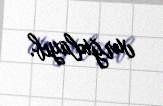
vurğulayıb.